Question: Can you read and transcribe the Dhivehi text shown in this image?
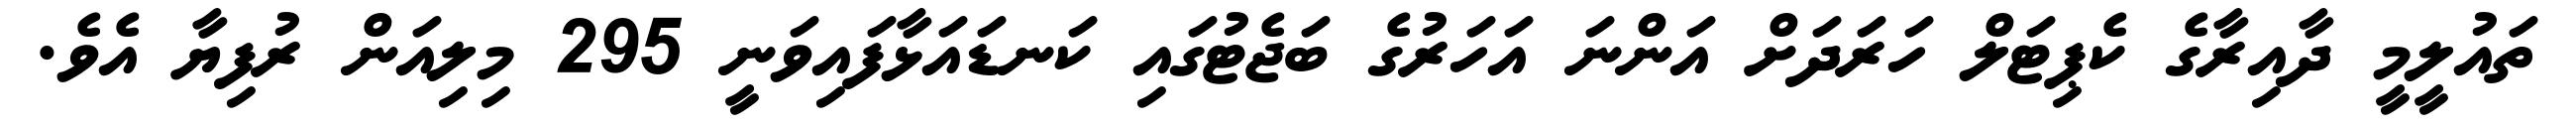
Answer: ތައުލީމީ ދާއިރާގެ ކެޕިޓަލް ހަރަދަށް އަންނަ އަހަރުގެ ބަޖެޓުގައި ކަނޑައަޅާފައިވަނީ 295 މިލިއަން ރުފިޔާ އެވެ.